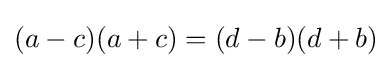
(a-c)(a+c)=(d-b)(d+b)